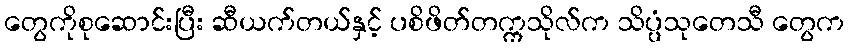
တွေကိုစုဆောင်းပြီး ဆီယက်တယ်နှင့် ပစိဖိတ်တက္ကသိုလ်က သိပ္ပံသုတေသီ တွေက